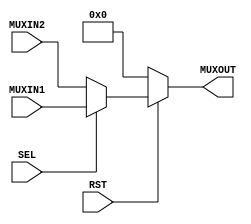
module mux(MUXIN1, MUXIN2, MUXOUT, SEL, RST);

input RST;
input SEL;
input [31:0] MUXIN1;
input [31:0] MUXIN2;

output reg [31:0] MUXOUT;

always @(RST or SEL) begin
    if(RST == 0) MUXOUT = 32'b0; else
        MUXOUT = SEL ? MUXIN1 : MUXIN2;
        $display("MUX: %b %b, SEL: %b, MUXOUT: %b", MUXIN1, MUXIN2, SEL, MUXOUT);
end

endmodule